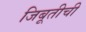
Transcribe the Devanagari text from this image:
जिबूतीची